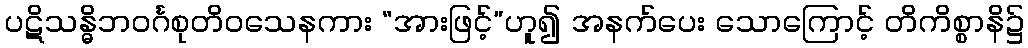
ပဋိသန္ဓိဘဝင်္ဂစုတိဝသေနကား “အားဖြင့်”ဟူ၍ အနက်ပေး သောကြောင့် တိကိစ္စာနိ၌